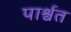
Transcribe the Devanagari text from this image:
पार्श्वत